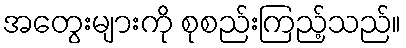
အတွေးများကို စုစည်းကြည့်သည်။